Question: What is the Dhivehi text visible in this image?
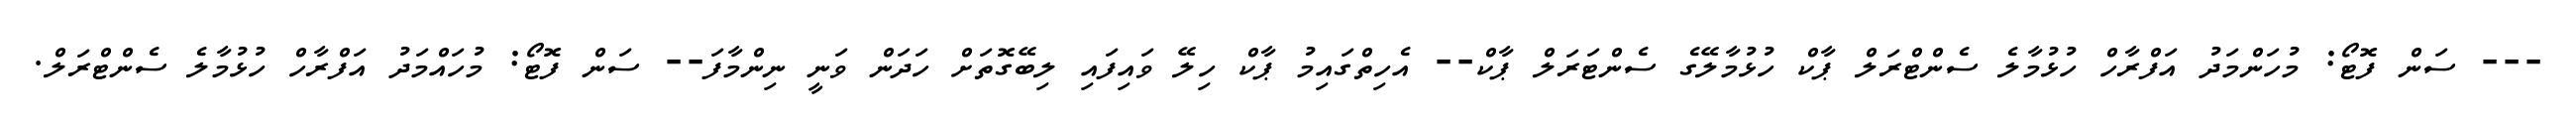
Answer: --- ސަން ފޮޓޯ: މުހަންމަދު އަފްރާހް ހުޅުމާލެ ސެންޓްރަލް ޕާކް ހުޅުމާލޭގެ ސެންޓަރަލް ޕާކް-- އެހިތްގައިމު ޕާކް ހިލޭ ވައިފައި ލިބޭގޮތަށް ހަދަން ވަނީ ނިންމާފަ-- ސަން ފޮޓޯ: މުހައްމަދު އަފްރާހް ހުޅުމާލެ ސެންޓްރަލް.